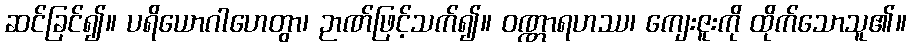
ဆင်ခြင်၍။ ပရိယောဂါဟေတွာ၊ ဉာဏ်ဖြင့်သက်၍။ ဝဏ္ဏာရဟဿ၊ ကျေးဇူးကို ထိုက်သောသူ၏။